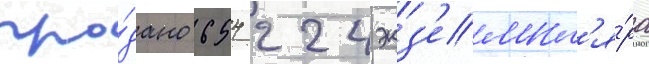
про́дано 654 224 экз'емпл'я́ра